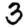
Digit: 3